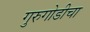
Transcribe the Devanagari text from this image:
गुरुगोडीचा